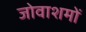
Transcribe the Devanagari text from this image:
जोवाशमों